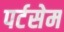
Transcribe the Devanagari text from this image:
पर्टसेम